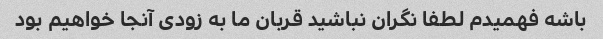
باشه فهمیدم لطفا نگران نباشید قربان ما به زودی آنجا خواهیم بود